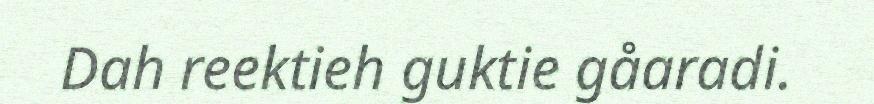
Dah reektieh guktie gåaradi.